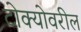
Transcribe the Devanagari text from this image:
टोक्योवरील